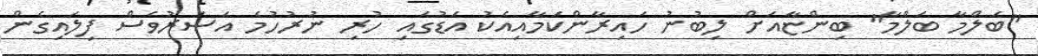
"ބަލްމާ ބަލްމާ" ބިންޏާއަށް ލިބުނު ހައިރާންކަމާއިއެކު އަޑުގައި ހުރި ނުރުހުމެ އަސަރުވެސް ފިލައިގެން